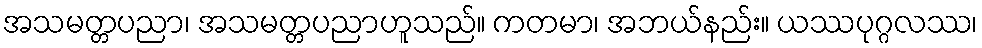
အသမတ္တပညာ၊ အသမတ္တပညာဟူသည်။ ကတမာ၊ အဘယ်နည်း။ ယဿပုဂ္ဂလဿ၊